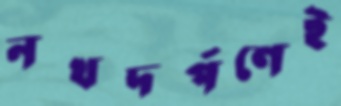
নখদর্পণেই